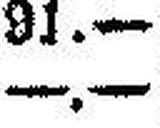
—.—